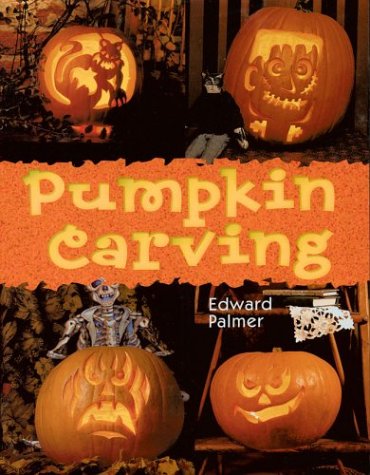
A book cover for Pumpkin Carving; Edward Palmer; Crafts, Hobbies & Home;